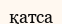
қатса